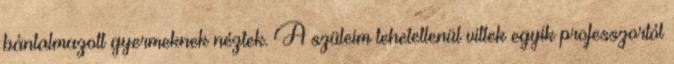
bántalmazott gyermeknek néztek. A szüleim tehetetlenül vittek egyik professzortól